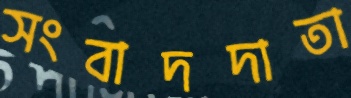
সংবাদদাতা